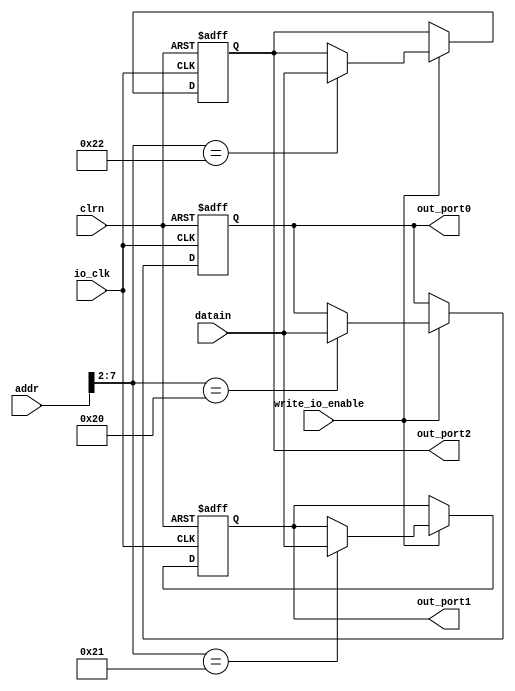
// copied from single cycle computer
module io_output_reg (addr,datain,write_io_enable,io_clk,clrn,out_port0,out_port1,out_port2 );
    input [31:0] addr,datain;
    input write_io_enable,io_clk;
    input clrn;
    //reset signal. if necessary,can use this signal to reset the output to 0.
    output [31:0] out_port0,out_port1, out_port2;
    reg [31:0] out_port0; // output port0
    reg [31:0] out_port1; // output port1
    reg [31:0] out_port2; // output port2
    always @(posedge io_clk or negedge clrn)
        begin
            if (clrn == 0)
                begin // reset
                    out_port0 <= 0;
                    out_port1 <= 0; // reset all the output port to 0.
                    out_port2 <= 0;
                end
            else
                begin
                    if (write_io_enable == 1)
                        case (addr[7:2])
                            6'b100000: out_port0 <= datain; // 80h
                            6'b100001: out_port1 <= datain; // 84h
                            6'b100010: out_port2 <= datain;
                            // more ports
                        endcase
                end
        end
endmodule